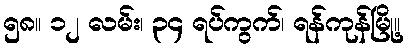
၅၈။ ၁၂ လမ်း၊ ၃၄ ရပ်ကွက်၊ ရန်ကုန်မြို့။